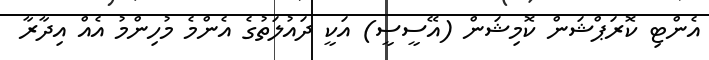
އެންޓި ކޮރަޕްޝަން ކޮމިޝަން (އޭސީސީ) އަކީ ދައުލަތުގެ އެންމެ މުހިންމު އެއް އިދާރާ